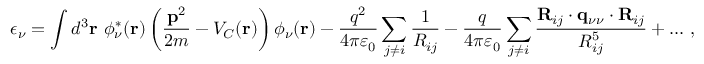
\epsilon _ { \nu } = \int d ^ { 3 } { \bf r } ~ \phi _ { \nu } ^ { \ast } ( { \bf r } ) \left( \frac { { \bf p } ^ { 2 } } { 2 m } - V _ { C } ( { \bf r } ) \right) \phi _ { \nu } ( { \bf r } ) - \frac { q ^ { 2 } } { 4 \pi \varepsilon _ { 0 } } \sum _ { j \neq i } \frac { 1 } { R _ { i j } } - \frac { q } { 4 \pi \varepsilon _ { 0 } } \sum _ { j \neq i } \frac { { \bf R } _ { i j } \cdot { \bf q } _ { \nu \nu } \cdot { \bf R } _ { i j } } { R _ { i j } ^ { 5 } } + \dots \, ,